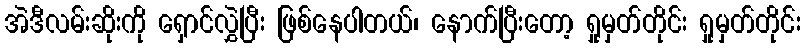
အဲဒီလမ်းဆိုးကို ရှောင်လွှဲပြီး ဖြစ်နေပါတယ်၊ နောက်ပြီးတော့ ရှုမှတ်တိုင်း ရှုမှတ်တိုင်း